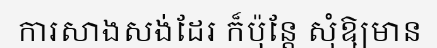
ការសាងសង់ដែរ ក៏ប៉ុន្តែ សុំឱ្យមាន